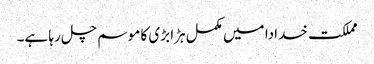
مملکت خدادا میں مکمل ہڑا بڑی کا موسم چل رہا ہے۔